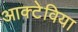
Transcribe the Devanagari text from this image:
आक्टेविया